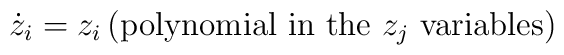
{\dot z}_i = z_i \, ({\rm polynomial~in~the~}z_j{\rm ~variables})